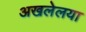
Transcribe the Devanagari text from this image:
अखलेलया